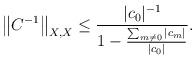
LaTeX: \begin{align*}\left\|C^{-1}\right\|_{X,X}\le\frac{|c_0|^{-1}}{1-\frac{\sum_{m\not=0}|c_m|}{|c_0|}}.\end{align*}